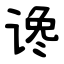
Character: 谗